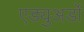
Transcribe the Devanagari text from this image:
एड्युअर्डो